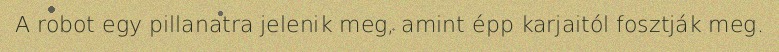
A robot egy pillanatra jelenik meg, amint épp karjaitól fosztják meg.